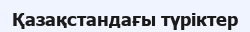
Қазақстандағы түріктер